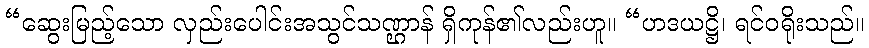
“ဆွေးမြည့်သော လှည်းပေါင်းအသွင်သဏ္ဌာန် ရှိကုန်၏လည်းဟူ။ “ဟဒယဋ္ဌိ၊ ရင်ဝရိုးသည်။